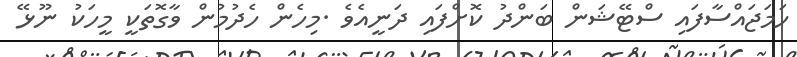
ހަމަޖައްސާފައި ސްޓޭޝަން ބަންދު ކޮށްފައި ދަނީއެވެ .މިހެން ހެދުމުން ވާގޮތަކީ މީހަކު ނޫޅޭ